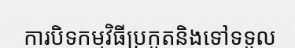
ការបិទកម្មវិធីប្រកួតនិងទៅទទួល